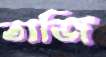
তাজি